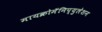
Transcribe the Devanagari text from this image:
मायक्रोमॅनिप्युलेशन